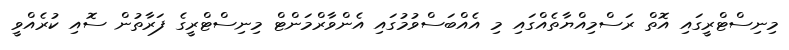
މިނިސްޓްރީގައި އޮތް ރަސްމިއްޔާތެއްގައި މި އެއްބަސްވުމުގައި އެންވާރްމަންޓް މިނިސްޓްރީގެ ފަރާތުން ސޮއި ކުރެއްވީ